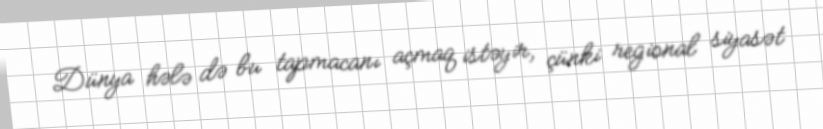
Dünya hələ də bu tapmacanı açmaq istəyir, çünki regional siyasət